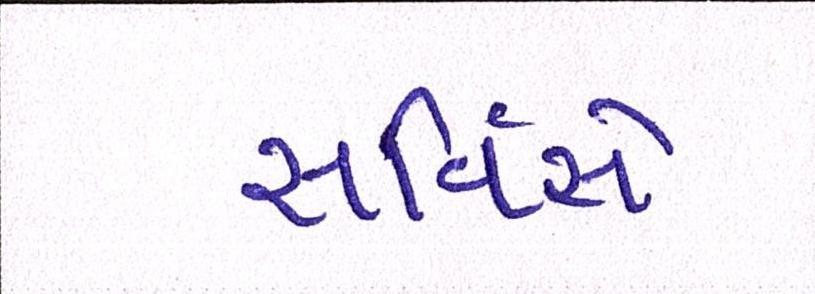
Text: સર્વિસે